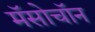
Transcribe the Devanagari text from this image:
मॅसोचॉन